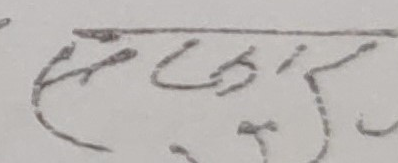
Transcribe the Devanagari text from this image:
सरकार